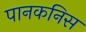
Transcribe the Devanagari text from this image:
पानकनिस